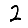
Digit: 2